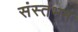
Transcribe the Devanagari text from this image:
संस्तंभन